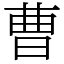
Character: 曹